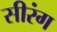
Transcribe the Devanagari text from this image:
सीरंग